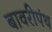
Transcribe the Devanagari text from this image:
बावरीपंथ